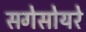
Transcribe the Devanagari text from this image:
सगेसोयरे